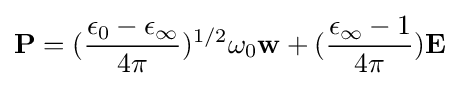
\mathbf {P} =({\frac {\epsilon _{0}-\epsilon _{\infty }}{4\pi }})^{1/2}\omega _{0}\mathbf {w} +({\frac {\epsilon _{\infty }-1}{4\pi }})\mathbf {E}